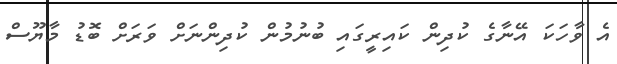
އެ ވާހަކަ އޭނާގެ ކުދިން ކައިރީގައި ބުނުމުން ކުދިންނަށް ވަރަށް ބޮޑު މާޔޫސް